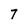
Character: 7